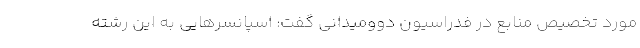
مورد تخصیص منابع در فدراسیون دوومیدانی گفت: اسپانسرهایی به این رشته